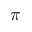
\pi